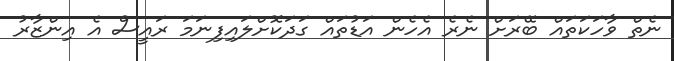
ނެތް ވާހަކަތައް ބޭރަށް ނެރެ އެހެން އަޑުތައް ގަދަކޮށްލައިިފިނަމަ ރައީސް އެ އިންޒާރު